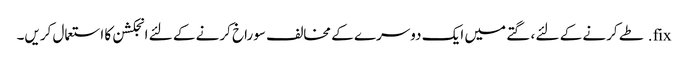
fix. طے کرنے کے لئے ، گتے میں ایک دوسرے کے مخالف سوراخ کرنے کے لئے انجکشن کا استعمال کریں۔